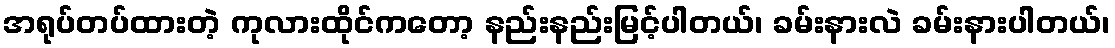
အရုပ်တပ်ထားတဲ့ ကုလားထိုင်ကတော့ နည်းနည်းမြင့်ပါတယ်၊ ခမ်းနားလဲ ခမ်းနားပါတယ်၊